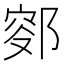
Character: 𨜛